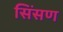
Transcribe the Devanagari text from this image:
सिंसण